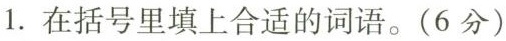
1. 在括号里填上合适的词语。(6分)